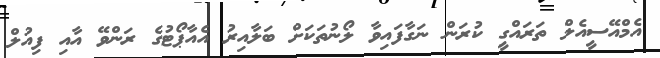
އެމްއޭސީއެލް ތަރައްގީ ކުރަން ނަގާފައިވާ ލޯނުތަކަށް ބަލާއިރު އެއާޕޯޓުގެ ރަންވޭ އާއި ފިއުލް